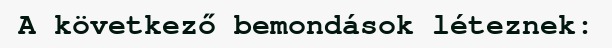
A következő bemondások léteznek: